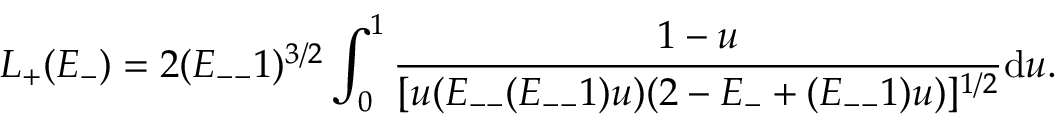
L _ { + } ( E _ { - } ) = 2 ( E _ { -- } 1 ) ^ { 3 / 2 } \int _ { 0 } ^ { 1 } \frac { 1 - u } { [ u ( E _ { -- } ( E _ { -- } 1 ) u ) ( 2 - E _ { - } + ( E _ { -- } 1 ) u ) ] ^ { 1 / 2 } } \mathrm { d } u .